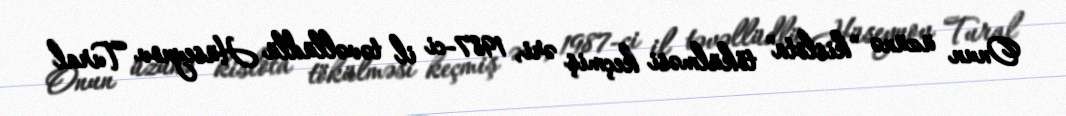
Onun üzünə "kislota" tökülməsi keçmiş əri, 1987-ci il təvəllüdlü Hüseynov Tural